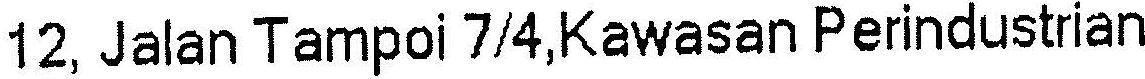
12, JALAN TAMPOI 7/4,KAWASAN PERINDUSTRIAN